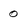
Character: 0